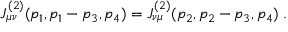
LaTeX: J _ { \mu \nu } ^ { ( 2 ) } ( p _ { 1 } , p _ { 1 } - p _ { 3 } , p _ { 4 } ) = J _ { \nu \mu } ^ { ( 2 ) } ( p _ { 2 } , p _ { 2 } - p _ { 3 } , p _ { 4 } ) \; .